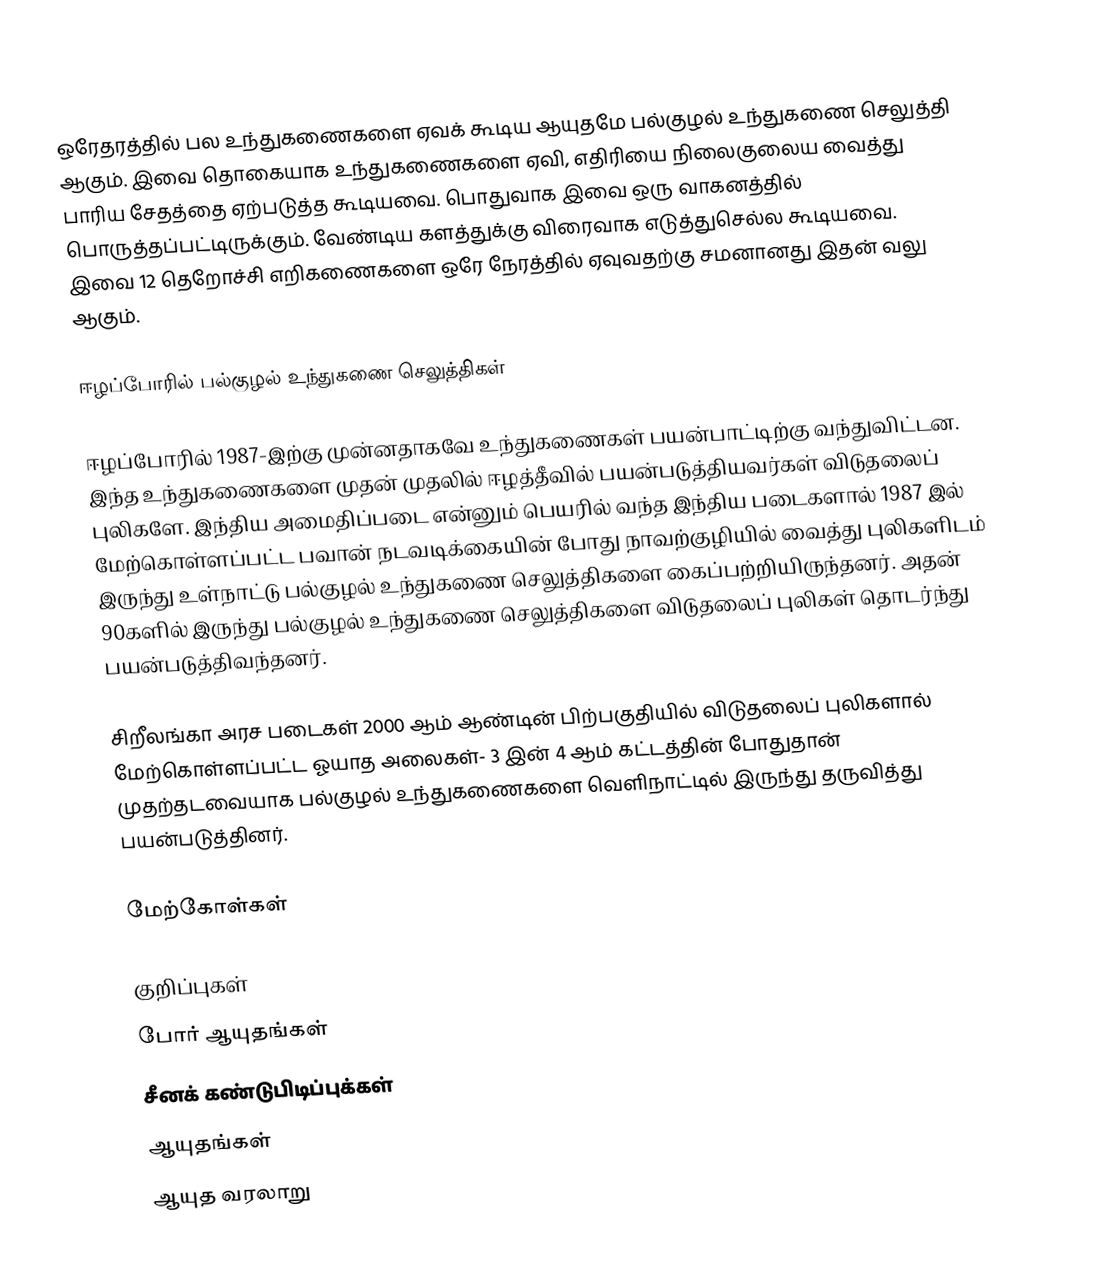
ஒரேதரத்தில் பல உந்துகணைகளை ஏவக் கூடிய ஆயுதமே பல்குழல் உந்துகணை செலுத்தி ஆகும். இவை தொகையாக உந்துகணைகளை ஏவி, எதிரியை நிலைகுலைய வைத்து பாரிய சேதத்தை ஏற்படுத்த கூடியவை. பொதுவாக இவை ஒரு வாகனத்தில் பொருத்தப்பட்டிருக்கும். வேண்டிய களத்துக்கு விரைவாக எடுத்துசெல்ல கூடியவை. இவை 12 தெறோச்சி எறிகணைகளை ஒரே நேரத்தில் ஏவுவதற்கு சமனானது இதன் வலு ஆகும்.

ஈழப்போரில் பல்குழல் உந்துகணை செலுத்திகள்

ஈழப்போரில் 1987-இற்கு முன்னதாகவே உந்துகணைகள் பயன்பாட்டிற்கு வந்துவிட்டன. இந்த உந்துகணைகளை முதன் முதலில் ஈழத்தீவில் பயன்படுத்தியவர்கள் விடுதலைப் புலிகளே. இந்திய அமைதிப்படை என்னும் பெயரில் வந்த இந்திய படைகளால் 1987 இல் மேற்கொள்ளப்பட்ட பவான் நடவடிக்கையின் போது நாவற்குழியில் வைத்து புலிகளிடம் இருந்து உள்நாட்டு பல்குழல் உந்துகணை செலுத்திகளை கைப்பற்றியிருந்தனர். அதன் 90களில் இருந்து பல்குழல் உந்துகணை செலுத்திகளை விடுதலைப் புலிகள் தொடர்ந்து பயன்படுத்திவந்தனர்.

சிறீலங்கா அரச படைகள் 2000 ஆம் ஆண்டின் பிற்பகுதியில் விடுதலைப் புலிகளால் மேற்கொள்ளப்பட்ட ஓயாத அலைகள்- 3 இன் 4 ஆம் கட்டத்தின் போதுதான் முதற்தடவையாக பல்குழல் உந்துகணைகளை வெளிநாட்டில் இருந்து தருவித்து பயன்படுத்தினர்.

மேற்கோள்கள்

குறிப்புகள்
போர் ஆயுதங்கள்
சீனக் கண்டுபிடிப்புக்கள்
ஆயுதங்கள்
ஆயுத வரலாறு